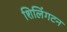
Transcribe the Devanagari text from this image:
शिलिंगटन